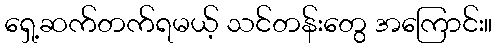
ရှေ့ဆက်တက်ရမယ့် သင်တန်းတွေ အကြောင်း။